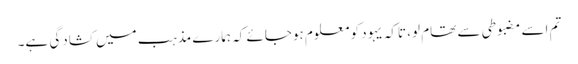
تم اسے مضبوطی سے تھام لو، تاکہ یہود کو معلوم ہوجائے کہ ہمارے مذہب میں کشادگی ہے۔